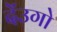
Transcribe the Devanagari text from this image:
देंउगो